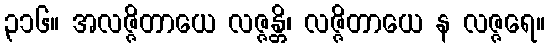
၃၁၆။ အလဇ္ဇိတာယေ လဇ္ဇန္တိ၊ လဇ္ဇိတာယေ န လဇ္ဇရေ။